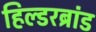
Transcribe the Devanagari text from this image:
हिल्डरब्रांड